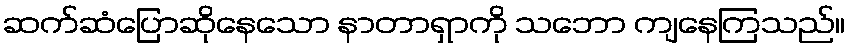
ဆက်ဆံပြောဆိုနေသော နာတာရှာကို သဘော ကျနေကြသည်။